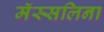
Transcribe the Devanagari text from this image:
मॅस्सलिना